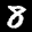
Label: 8